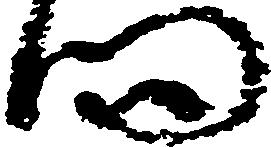
門